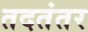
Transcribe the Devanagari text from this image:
तदतंतर